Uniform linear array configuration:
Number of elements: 16
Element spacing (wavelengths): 0.25
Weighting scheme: kaiser
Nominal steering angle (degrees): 45
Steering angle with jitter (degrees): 43.369
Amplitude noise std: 0.05
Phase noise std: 0.05

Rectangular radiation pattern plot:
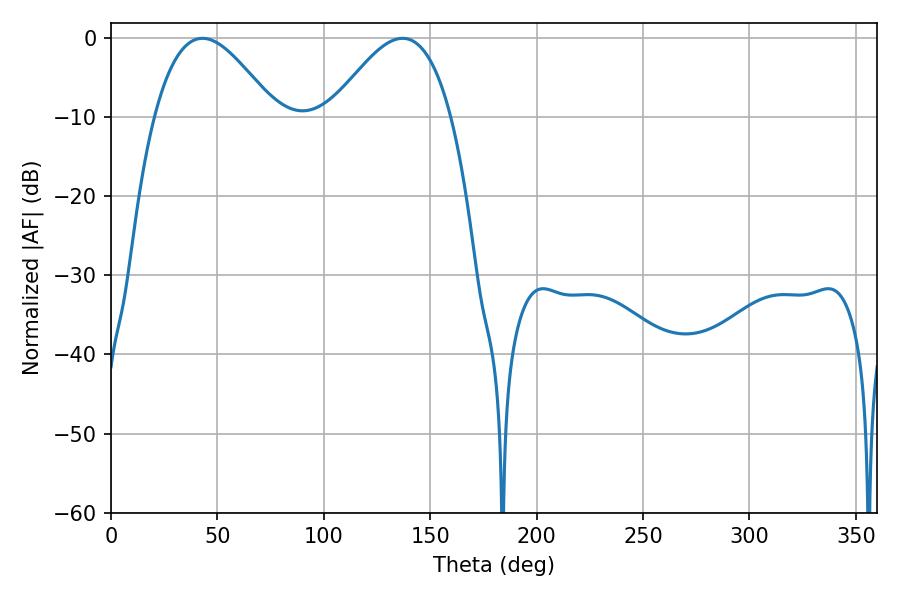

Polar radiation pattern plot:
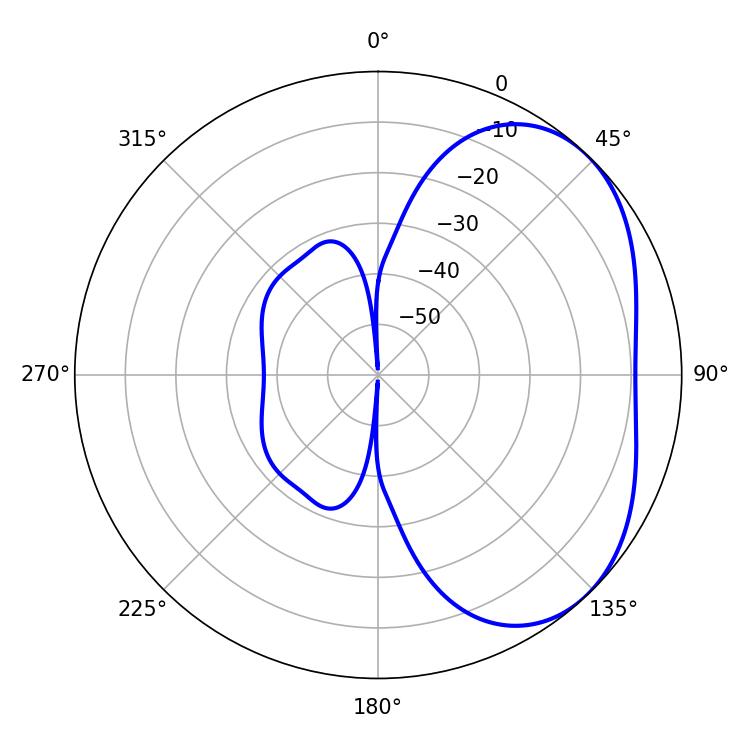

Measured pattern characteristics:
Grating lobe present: FALSE
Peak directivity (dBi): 3.638
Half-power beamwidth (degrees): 30.6
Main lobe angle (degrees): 43.02